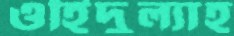
ওহিদুল্যাহ